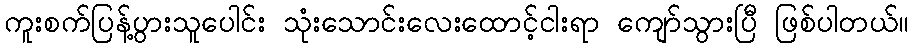
ကူးစက်ပြန့်ပွားသူပေါင်း သုံးသောင်းလေးထောင့်ငါးရာ ကျော်သွားပြီ ဖြစ်ပါတယ်။